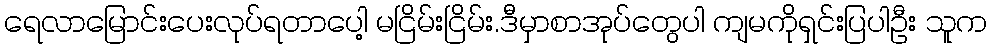
ရေလာမြောင်းပေးလုပ်ရတာပေါ့ မငြိမ်းငြိမ်း.ဒီမှာစာအုပ်တွေပါ ကျမကိုရှင်းပြပါဦး သူက